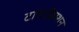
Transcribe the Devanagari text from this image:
टांसक्रिप्शन